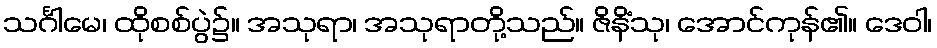
သင်္ဂါမေ၊ ထိုစစ်ပွဲ၌။ အသုရာ၊ အသုရာတို့သည်။ ဇိနိံသု၊ အောင်ကုန်၏။ ဒေဝါ၊